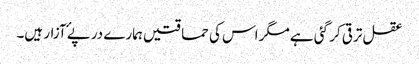
عقل ترقی کر گئی ہے مگر اس کی حماقتیں ہمارے درپۓ آزار ہیں۔